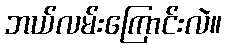
ဘယ်လမ်းကြောင်းလဲ။